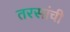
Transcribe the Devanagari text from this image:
तरसांची